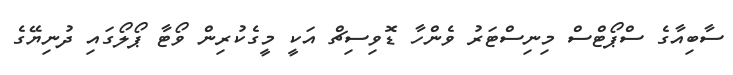
ސާބިއާގެ ސްޕޯޓްސް މިނިސްޓަރު ވެންހާ ޑޮވިސިޗް އަކީ މީގެކުރިން ވޯޓާ ޕޯލޯގައި ދުނިޔޭގެ